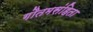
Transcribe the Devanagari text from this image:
गौतमसंहिता